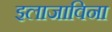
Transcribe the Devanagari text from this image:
इलाजाविना